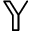
\mathbb { Y }